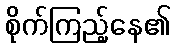
စိုက်ကြည့်နေ၏